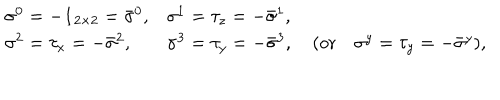
\begin{array} { l l } { { \sigma ^ { 0 } = - { \bf 1 } _ { 2 \times 2 } = { \bar { \sigma } } ^ { 0 } , } } & { { \sigma ^ { 1 } = \tau _ { z } = - { \bar { \sigma } } ^ { 1 } , } } \\ { { \sigma ^ { 2 } = \tau _ { x } = - { \bar { \sigma } } ^ { 2 } , } } & { { \sigma ^ { 3 } = \tau _ { y } = - { \bar { \sigma } } ^ { 3 } , \quad ( \mathrm { o r } \quad \sigma ^ { y } = \tau _ { y } = - { \bar { \sigma } } ^ { y } ) , } } \\ \end{array}